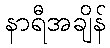
နာရီအချိန်